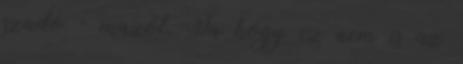
szado - mazót. Ja hogy ez nem is az